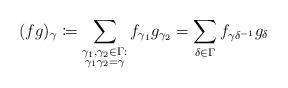
LaTeX: \begin{align*}(f g)_\gamma \coloneqq\sum_{\substack{\gamma_1, \gamma_2 \in \Gamma:\\ \gamma_1\gamma_2 = \gamma}} f_{\gamma_1} g_{\gamma_2}= \sum_{\delta \in \Gamma} f_{\gamma \delta^{-1}} g_\delta\end{align*}